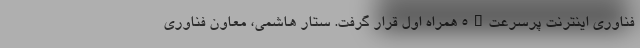
فناوری اینترنت پرسرعت5G همراه اول قرار گرفت. ستار هاشمی، معاون فناوری